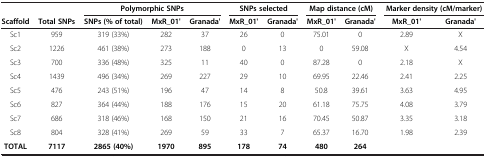
<table><thead><tr><td><b> </b></td><td><b> </b></td><td colspan="3"><b>Polymorphic SNPs</b></td><td colspan="2"><b>SNPs selected</b></td><td colspan="2"><b>Map distance (cM)</b></td><td colspan="2"><b>Marker density (cM/marker)</b></td></tr><tr><td><b>Scaffold</b></td><td><b>Total SNPs</b></td><td><b>SNPs (% of total)</b></td><td><b>MxR_01&#x27;</b></td><td><b>Granada&#x27;</b></td><td><b>MxR_01&#x27;</b></td><td><b>Granada&#x27;</b></td><td><b>MxR_01&#x27;</b></td><td><b>Granada&#x27;</b></td><td><b>MxR_01&#x27;</b></td><td><b>Granada&#x27;</b></td></tr></thead><tbody><tr><td>Sc1</td><td>959</td><td>319 (33%)</td><td>282</td><td>37</td><td>26</td><td>0</td><td>75.01</td><td>0</td><td>2.89</td><td>X</td></tr><tr><td>Sc2</td><td>1226</td><td>461 (38%)</td><td>273</td><td>188</td><td>0</td><td>13</td><td>0</td><td>59.08</td><td>X</td><td>4.54</td></tr><tr><td>Sc3</td><td>700</td><td>336 (48%)</td><td>325</td><td>11</td><td>40</td><td>0</td><td>87.28</td><td>0</td><td>2.18</td><td>X</td></tr><tr><td>Sc4</td><td>1439</td><td>496 (34%)</td><td>269</td><td>227</td><td>29</td><td>10</td><td>69.95</td><td>22.46</td><td>2.41</td><td>2.25</td></tr><tr><td>Sc5</td><td>476</td><td>243 (51%)</td><td>196</td><td>47</td><td>14</td><td>8</td><td>50.8</td><td>39.61</td><td>3.63</td><td>4.95</td></tr><tr><td>Sc6</td><td>827</td><td>364 (44%)</td><td>188</td><td>176</td><td>15</td><td>20</td><td>61.18</td><td>75.75</td><td>4.08</td><td>3.79</td></tr><tr><td>Sc7</td><td>686</td><td>318 (46%)</td><td>168</td><td>150</td><td>21</td><td>16</td><td>70.45</td><td>50.87</td><td>3.35</td><td>3.18</td></tr><tr><td>Sc8</td><td>804</td><td>328 (41%)</td><td>269</td><td>59</td><td>33</td><td>7</td><td>65.37</td><td>16.70</td><td>1.98</td><td>2.39</td></tr><tr><td><b>TOTAL</b></td><td><b>7117</b></td><td><b>2865 (40%)</b></td><td><b>1970</b></td><td><b>895</b></td><td><b>178</b></td><td><b>74</b></td><td><b>480</b></td><td><b>264</b></td><td> </td><td> </td></tr></tbody></table>